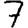
Digit: 7